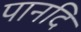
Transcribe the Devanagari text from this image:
पानदि